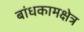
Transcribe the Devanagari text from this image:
बांधकामक्षेत्र